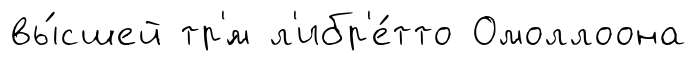
вы́сшей тр'́м л'ибр'е́тто Омоллоона